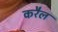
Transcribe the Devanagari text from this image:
करैल